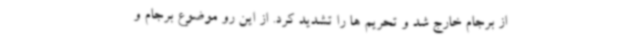
از برجام خارج شد و تحریم ها را تشدید کرد. از این رو موضوع برجام و